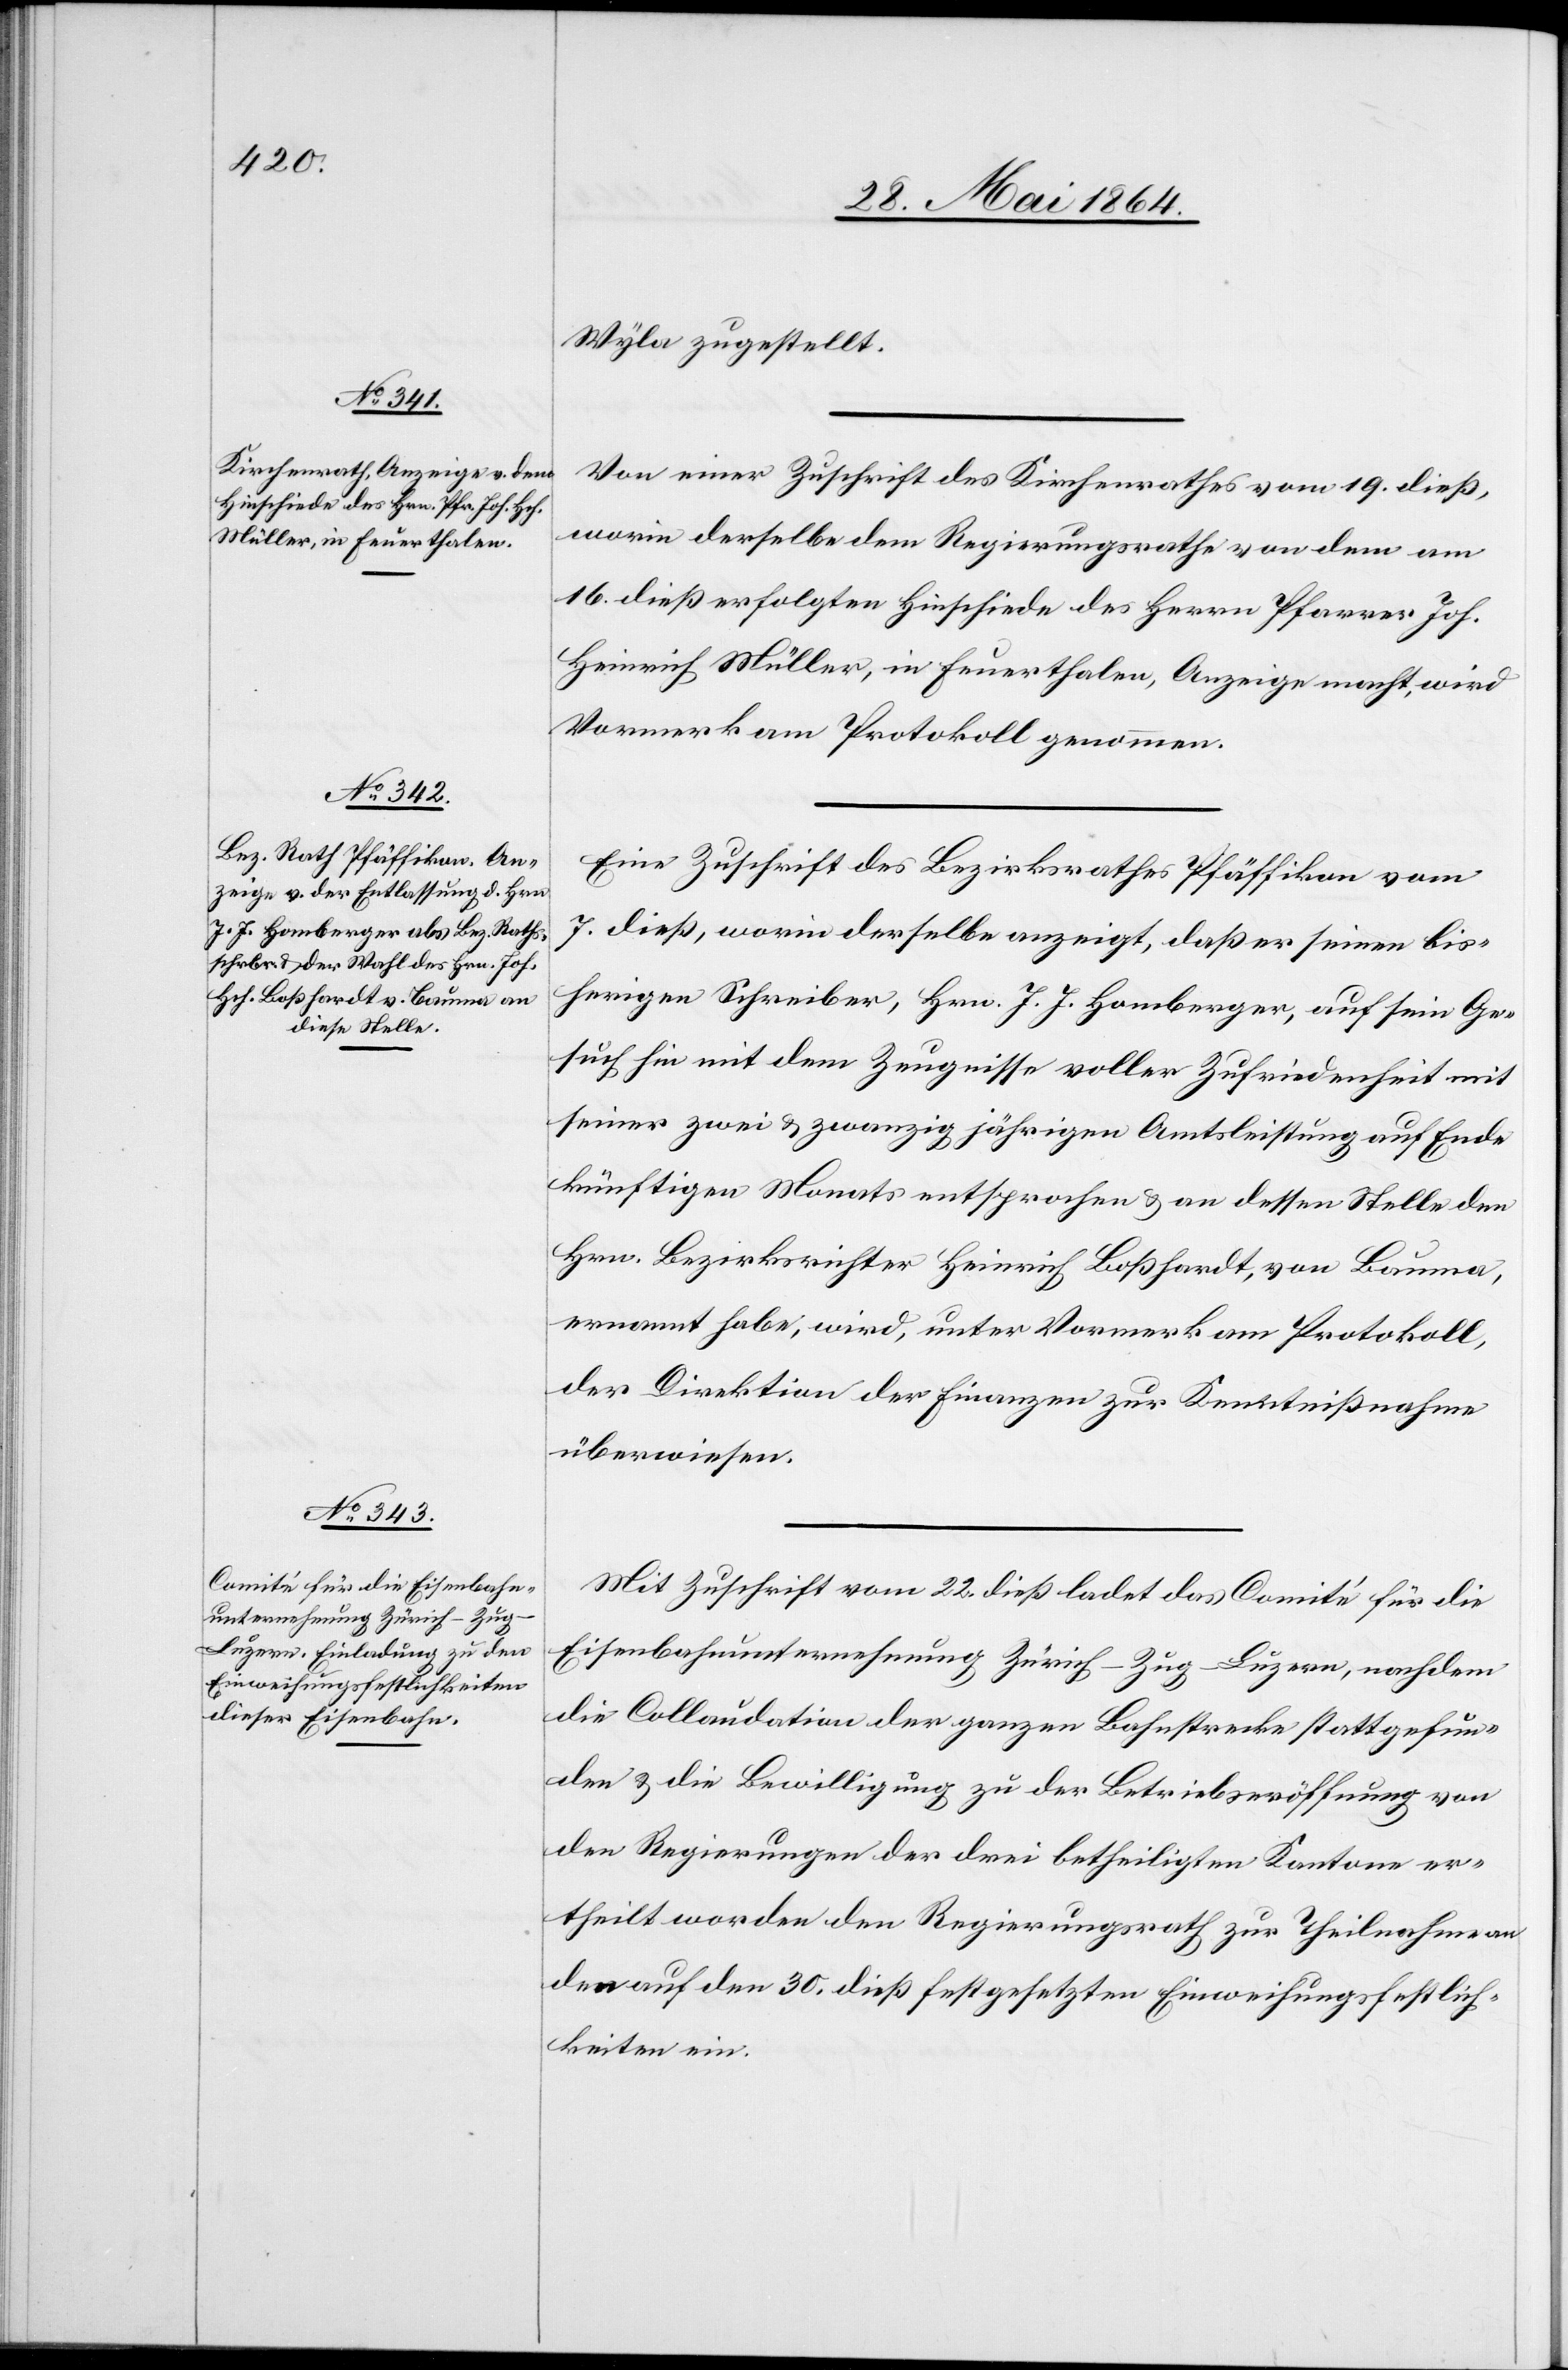
Wyla zugestellt.
Von einer Zuschrift des Kirchenrathes vom 19. dieß,
worin derselbe dem Regierungsrathe von dem am
16. dieß erfolgten Hinschiede des Herrn Pfarrer Joh.
Heinrich Müller, in Feuerthalen, Anzeige macht, wird
Vormerk am Protokoll genommen.
Eine Zuschrift des Bezirksrathes Pfäffikon vom
7. dieß, worin derselbe anzeigt, daß er seinen bis¬
herigen Schreiber, Hrn. J. J. Homberger, auf sein Ge¬
such hin mit dem Zeugnisse voller Zufriedenheit mit
seiner zwei u. zwanzig jährigen Amtsleitung auf Ende
künftigen Monats entsprochen u. an dessen Stelle den
Hrn. Bezirksrichter Heinrich Boßhardt, von Bauma,
ernannt habe, wird, unter Vormerk am Protokoll
der Direktion der Finanzen zur Kenntnißnahme
überwiesen.
Mit Zuschrift vom 22. dieß ladet das Comité für die
Eisenbahnunternehmung Zürich–Zug–Luzern, nachdem
die Collaudation der ganzen Bahnstrecke stattgefun¬
den u. die Bewilligung zu der Betriebseröffnung von
den Regierungen der drei betheiligten Kantone er¬
theilt worden den Regierungsrath zur Theilnahme an
den auf den 30. dieß festgesetzten Einweihungsfestlich¬
keiten ein.